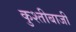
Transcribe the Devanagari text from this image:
कुश्तीबाजी